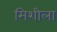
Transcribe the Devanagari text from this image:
मिशीला